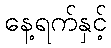
နေ့ရက်နှင့်